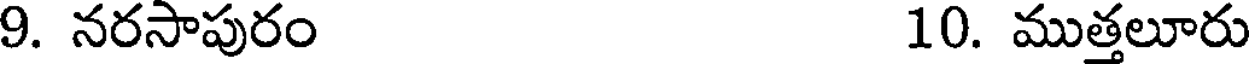
9. నరసాపురం 10. ముత్తలూరు